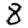
Digit: 8